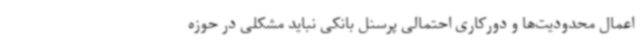
اعمال محدودیت‌ها و دورکاری احتمالی پرسنل بانکی نباید مشکلی در حوزه